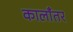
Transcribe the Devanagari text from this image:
कालाँतर